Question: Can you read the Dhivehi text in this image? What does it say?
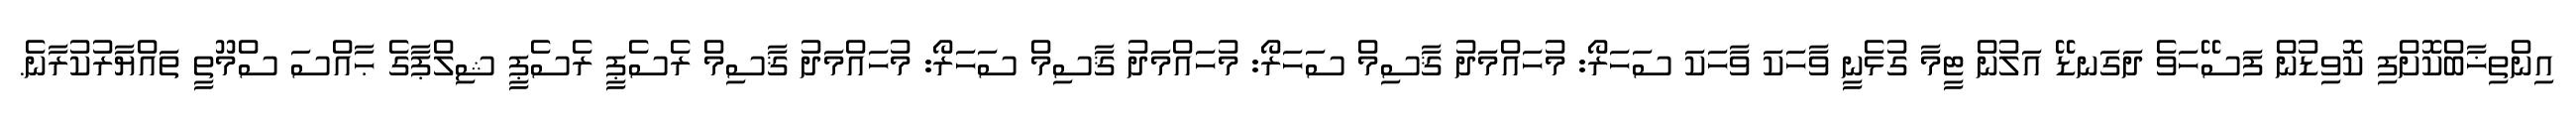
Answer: އިންތިޚާބްކޮށްފި ކޮވިޑުން ފަސޭހަވެ ދަގަނޑޭ އަލުން ޓީމާ ގުޅެނީ ވާހަކަ ވާހަކަ ސަހަރޯ: މުހައްމަދު ޤާސިމް ސަހަރޯ: މުހައްމަދު ޤާސިމް ސަހަރޯ: މުހައްމަދު ޤާސިމް ރެސެޕީ ރެސެޕީ ޝިލްޕާގެ ޙާއްސަ ސްމޫތީ ތައްޔާރުކުރާނެ.